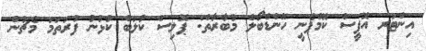
އިންޓަރ އޮފީސް ކޮމްޕެނީ ހޭންޑްބޯލް މުބާރާތް: ޕޮލިސް ކުލަބް ކުޅުނު ފުރަތަމަ މެޗުން